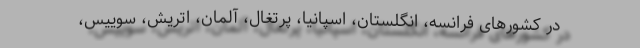
در کشورهای فرانسه، انگلستان، اسپانیا، پرتغال، آلمان، اتریش، سوییس،